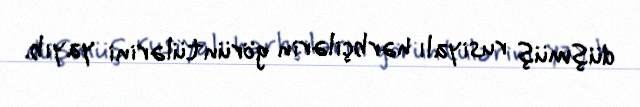
düşmüş rusiyalı hərbçilərin görüntülərini yayıb.